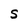
Character: S